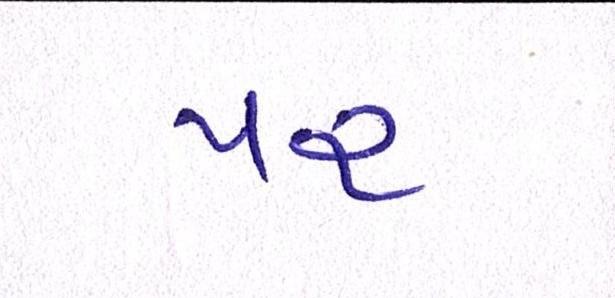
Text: પર